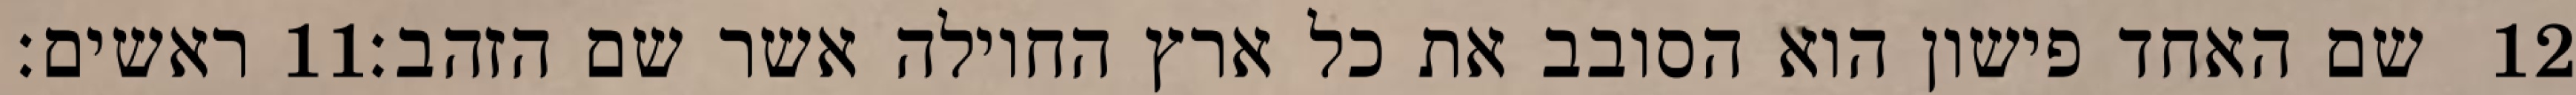
ראשים׃ ‎11‏ שם האחד פישון הוא הסובב את כל ארץ החוילה אשר שם הזהב׃ ‎12‏